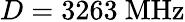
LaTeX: D=3263~\mathrm{MHz}